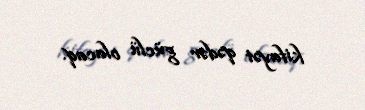
kifayət qədər güclü olacaq.